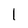
Character: 1